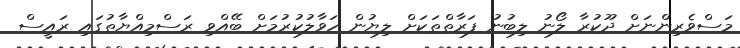
މަސްވެރިންނަށް ދޫކުރާ ލޯނު ލިބުނު ފަރާތްތަކަށް ލިޔުން ހަވާލުކުރުމަށް ބޭއްވި ރަަސްމިއްޔާތުގައި ރައީސް